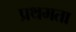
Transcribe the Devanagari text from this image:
प्रथमता